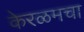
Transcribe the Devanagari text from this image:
केरळमचा